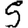
Digit: 5